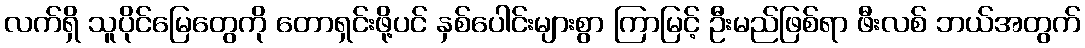
လက်ရှိ သူပိုင်မြေတွေကို တောရှင်းဖို့ပင် နှစ်ပေါင်းများစွာ ကြာမြင့် ဦးမည်ဖြစ်ရာ ဖီးလစ် ဘယ်အတွက်